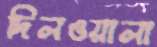
দিলওয়ালা